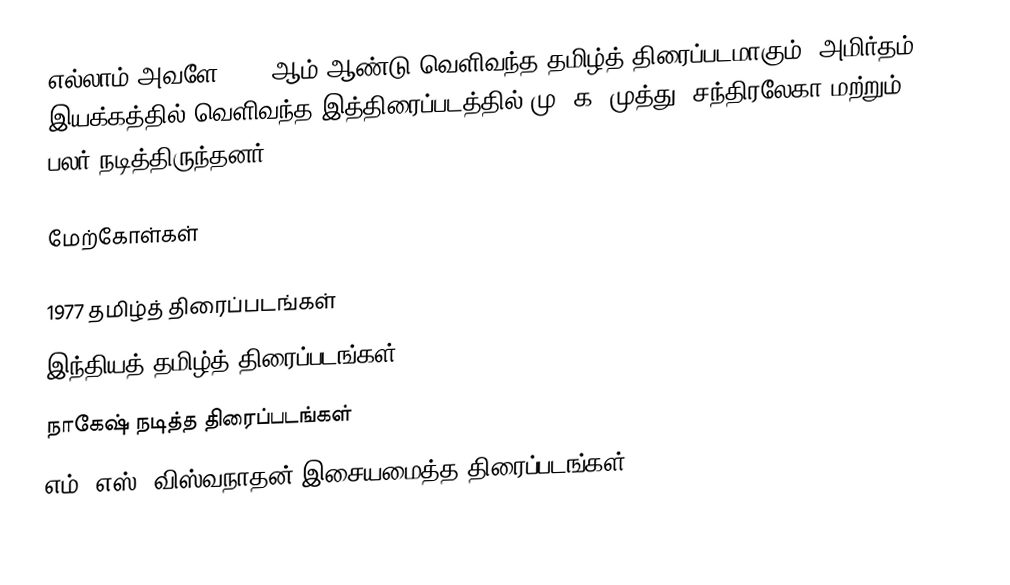
எல்லாம் அவளே 1977 ஆம் ஆண்டு வெளிவந்த தமிழ்த் திரைப்படமாகும். அமிர்தம் இயக்கத்தில் வெளிவந்த இத்திரைப்படத்தில் மு. க. முத்து, சந்திரலேகா மற்றும் பலர் நடித்திருந்தனர்.

மேற்கோள்கள்

1977 தமிழ்த் திரைப்படங்கள்
இந்தியத் தமிழ்த் திரைப்படங்கள்
நாகேஷ் நடித்த திரைப்படங்கள்
எம். எஸ். விஸ்வநாதன் இசையமைத்த திரைப்படங்கள்